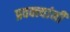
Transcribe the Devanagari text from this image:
प्रवक्त्यांनी